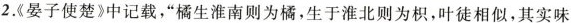
2.《晏子使楚》中记载，”橘生淮南则为橘，生于淮北则为枳，叶徒相似，其实味